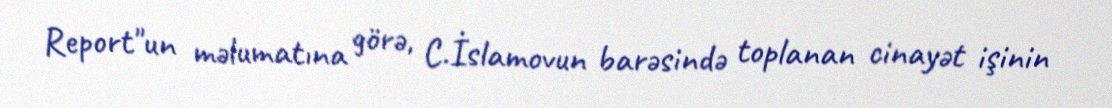
Report"un məlumatına görə, C.İslamovun barəsində toplanan cinayət işinin